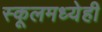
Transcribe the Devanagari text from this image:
स्कूलमध्येही